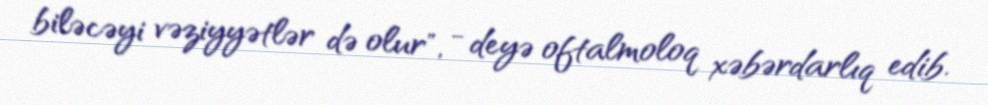
biləcəyi vəziyyətlər də olur", - deyə oftalmoloq xəbərdarlıq edib.